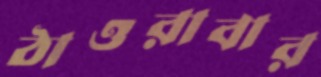
ঠাওরাবার